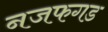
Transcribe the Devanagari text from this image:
नजफगड